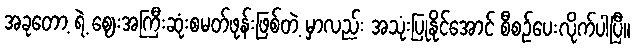
အခုတော့ ရဲ့ ဈေးအကြီးဆုံးစမတ်ဖုန်းဖြစ်တဲ့ မှာလည်း အသုံးပြုနိုင်အောင် စီစဉ်ပေးလိုက်ပါပြီ။